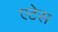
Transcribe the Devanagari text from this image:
एटेस